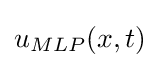
u_{MLP}(x,t)